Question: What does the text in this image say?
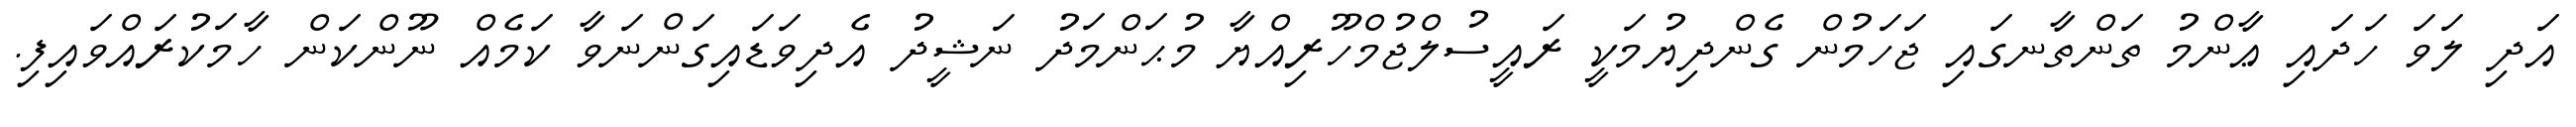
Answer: އަދި ލަވަ ހަދައި ޢާންމު ތަންތާނގައި ޖަހަމުން ގެންދިޔުމަކީ ރައީސުލްޖުމްހޫރިއްޔާ މުޙަންމަދު ނަޝީދު އެދިވަޑައިގަންނަވާ ކަމެއް ނޫންކަން ހާމަކުރައްވައިފި.